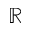
\mathbb { R }